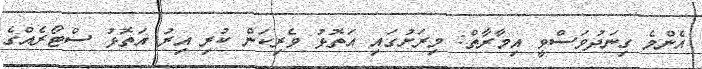
އެންމެ ގިނަދުވަސްވީ އިމާރާތް: މިރަށުގައި އަތޮޅު ވެރިކަން ކުރި އިރު އަތޮޅު ސްޓޯރެއްގެ